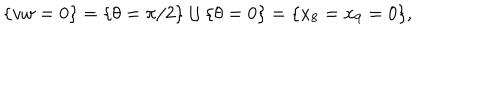
\{ v w = 0 \} = \{ \theta = \pi / 2 \} \cup \{ \theta = 0 \} = \{ x _ { 8 } = x _ { 9 } = 0 \} ,